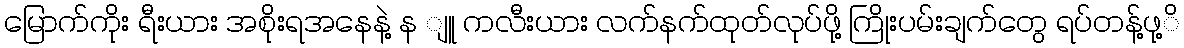
မြောက်ကိုး ရီးယား အစိုးရအနေနဲ့ န ျူ ကလီးယား လက်နက်ထုတ်လုပ်ဖို့ ကြိုးပမ်းချက်တွေ ရပ်တန့်ဖု့ိ